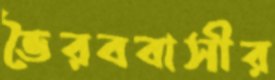
ভৈরববাসীর